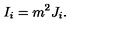
I _ { i } = m ^ { 2 } J _ { i } .